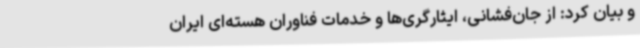
و بیان کرد: از جان‌فشانی، ایثارگری‌ها و خدمات فناوران هسته‌ای ایران